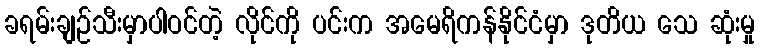
ခရမ်းချဉ်သီးမှာပါဝင်တဲ့ လိုင်ကို ပင်းက အမေရိကန်နိုင်ငံမှာ ဒုတိယ သေ ဆုံးမှု